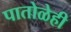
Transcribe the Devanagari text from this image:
पातोळेही